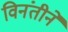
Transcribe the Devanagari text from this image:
विनंतीने